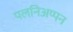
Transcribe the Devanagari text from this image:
पलनिअप्पन